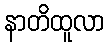
နာတိထူလာ